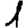
Digit: 1